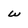
Character: w